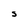
Character: S